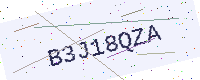
Text: B3J18QZA